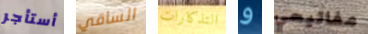
أستأجر الساقي التذكارات و مفاتيحي